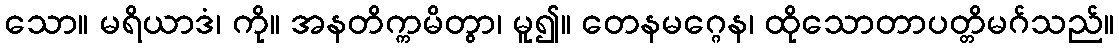
သော။ မရိယာဒံ၊ ကို။ အနတိက္ကမိတွာ၊ မူ၍။ တေနမဂ္ဂေန၊ ထိုသောတာပတ္တိမဂ်သည်။